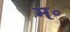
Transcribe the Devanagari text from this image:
म॰